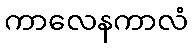
ကာလေနကာလံ